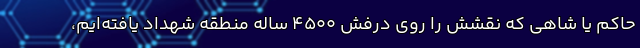
حاکم یا شاهی که نقشش را روی درفش ۴۵۰۰ ساله منطقه شهداد یافته‌ایم،